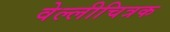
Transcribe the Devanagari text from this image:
वेल्लीचित्रक